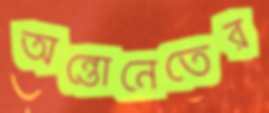
অন্তোনেতের